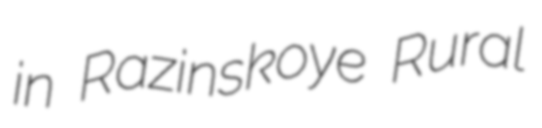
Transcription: in Razinskoye Rural